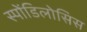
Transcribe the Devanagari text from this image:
स्पोंडिलोसिस